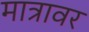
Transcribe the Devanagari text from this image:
मात्रावर